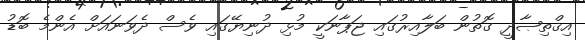
އިޤްތިޞާދީ ގޮތުން ބަލާއިރުގައި ޖަޕާނަކީ މުޅި ދުނިޔޭގައި ވެސް ދެވަނައަށް އެންމެ ބޮޑު